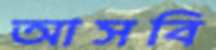
আসবি